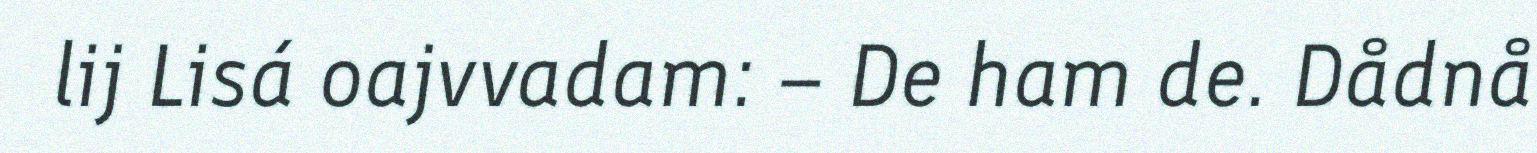
lij Lisá oajvvadam: – De ham de. Dådnå